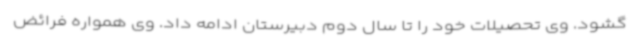
گشود. وی تحصیلات خود را تا سال دوم دبیرستان ادامه داد. وی همواره فرائض